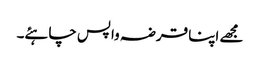
مجھے اپنا قرضہ واپس چاہئے۔